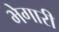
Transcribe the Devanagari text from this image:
भेगारी